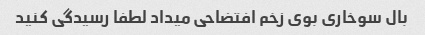
بال سوخاری بوی زخم افتضاحی میداد لطفا رسیدگی کنید